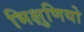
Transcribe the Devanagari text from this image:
भिक्षुणियो